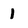
Character: l